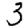
Digit: 3